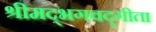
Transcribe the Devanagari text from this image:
श्रीमद्‌भगवद्‍गीता